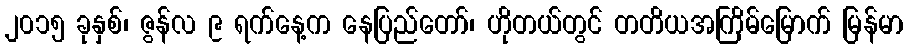
၂၀၁၅ ခုနှစ်၊ ဇွန်လ ၉ ရက်နေ့က နေပြည်တော်၊ ဟိုတယ်တွင် တတိယအကြိမ်မြောက် မြန်မာ